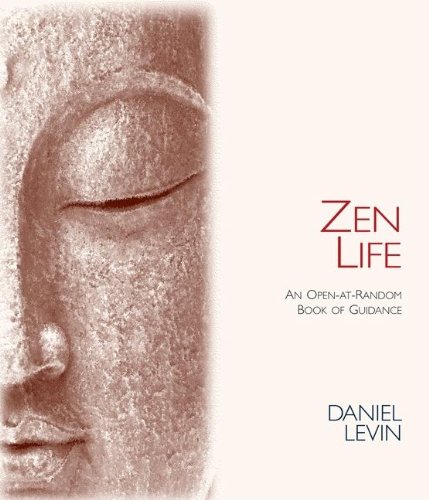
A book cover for Zen Life: An Open-At-Random Book of Guidance; Daniel Levin; Religion & Spirituality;